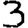
Digit: 3